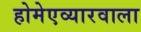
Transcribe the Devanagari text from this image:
होमेएव्‍यारवाला